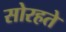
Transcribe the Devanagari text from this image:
सोरहते